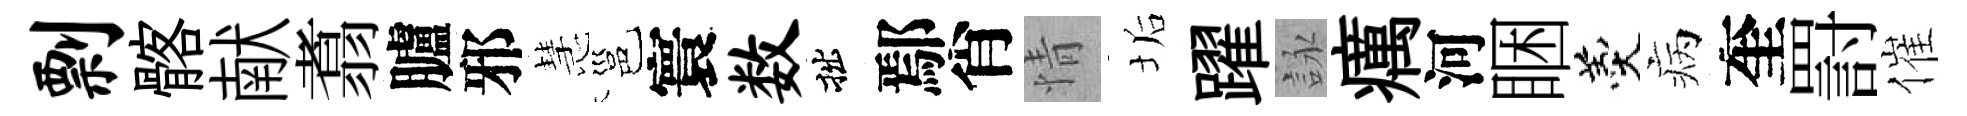
剽髂献翥臚邪慧邕寰数拙鄢肖情垢躍詠癘河睏羹病奎罸催